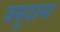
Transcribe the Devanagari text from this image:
वसुदामा